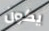
يكون